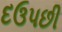
દઉપછી